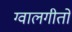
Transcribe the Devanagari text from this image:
ग्वालगीतों